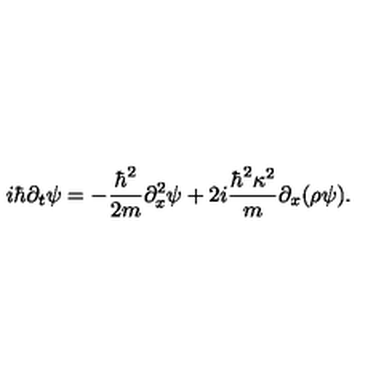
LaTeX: i \hbar \partial _ { t } \psi = - { \frac { \hbar ^ { 2 } } { 2 m } } \partial _ { x } ^ { 2 } \psi + 2 i { \frac { \hbar ^ { 2 } \kappa ^ { 2 } } { m } } \partial _ { x } ( \rho \psi ) .